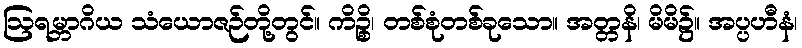
ဩရမ္ဘာဂိယ သံယောဇဉ်တို့တွင်။ ကိဉ္စိ၊ တစ်စုံတစ်ခုသော။ အတ္တနိ၊ မိမိ၌။ အပ္ပဟီနံ၊